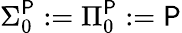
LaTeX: \Sigma_{0}^{\mathsf{P}}:=\Pi_{0}^{\mathsf{P}}:={\mathsf{P}}